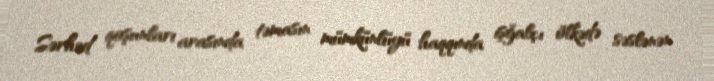
Sərhəd qoşunları arasında təmasın mümkünlüyü haqqında işğalçı ölkədə səslənən